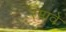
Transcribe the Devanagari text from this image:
रमावे